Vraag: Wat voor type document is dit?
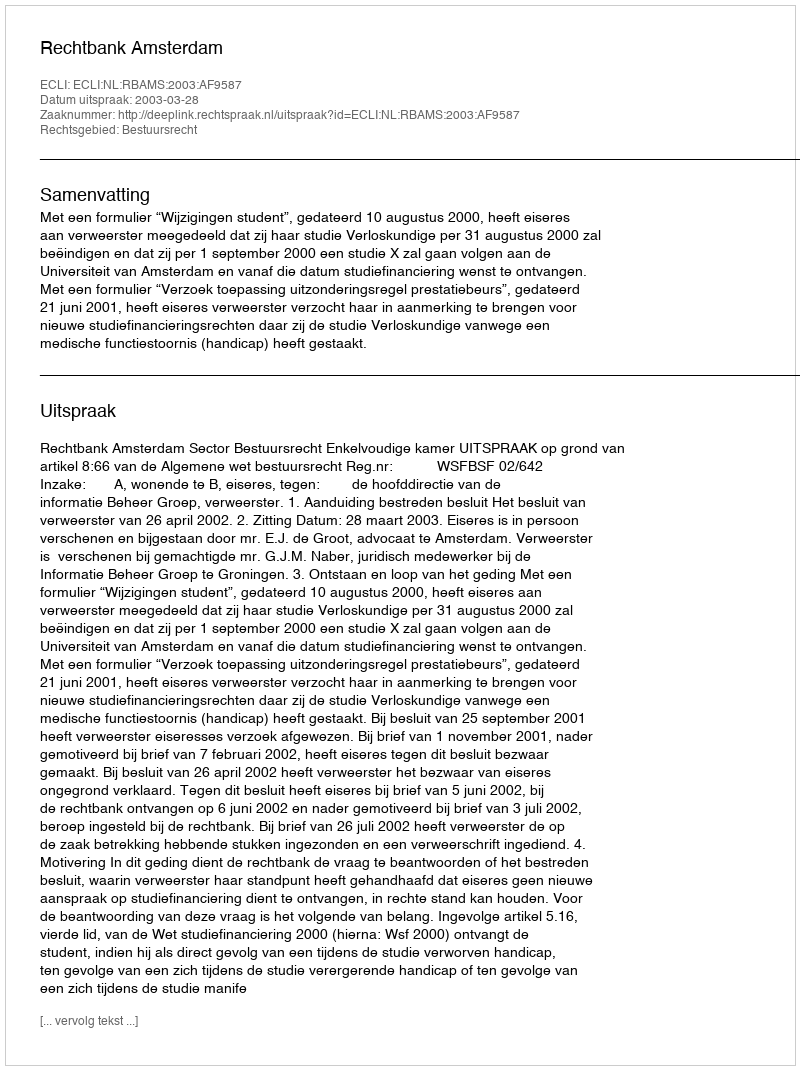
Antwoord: Uitspraak